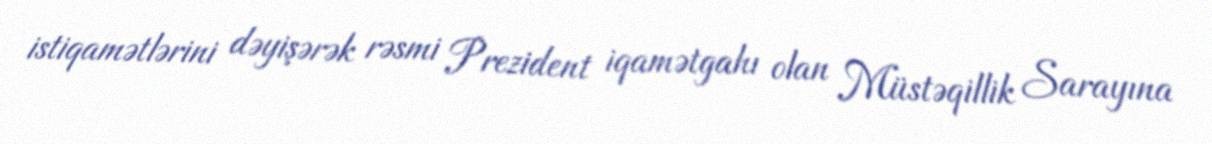
istiqamətlərini dəyişərək rəsmi Prezident iqamətgahı olan Müstəqillik Sarayına